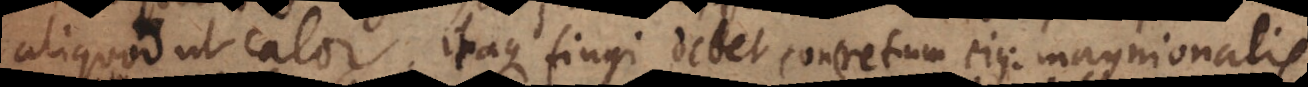
aliquod ut calor. Itaque fingi debet concretum ejus: magnional